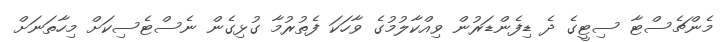
މެންޗެސްޓާ ސިޓީގެ ދެ ޑިފެންޑަރުން ވިއްކާލުމުގެ ވާހަކަ ފެތުރުމާ ގުޅިގެން ނެސްޓެސިކަށް މިހާތަނަށް